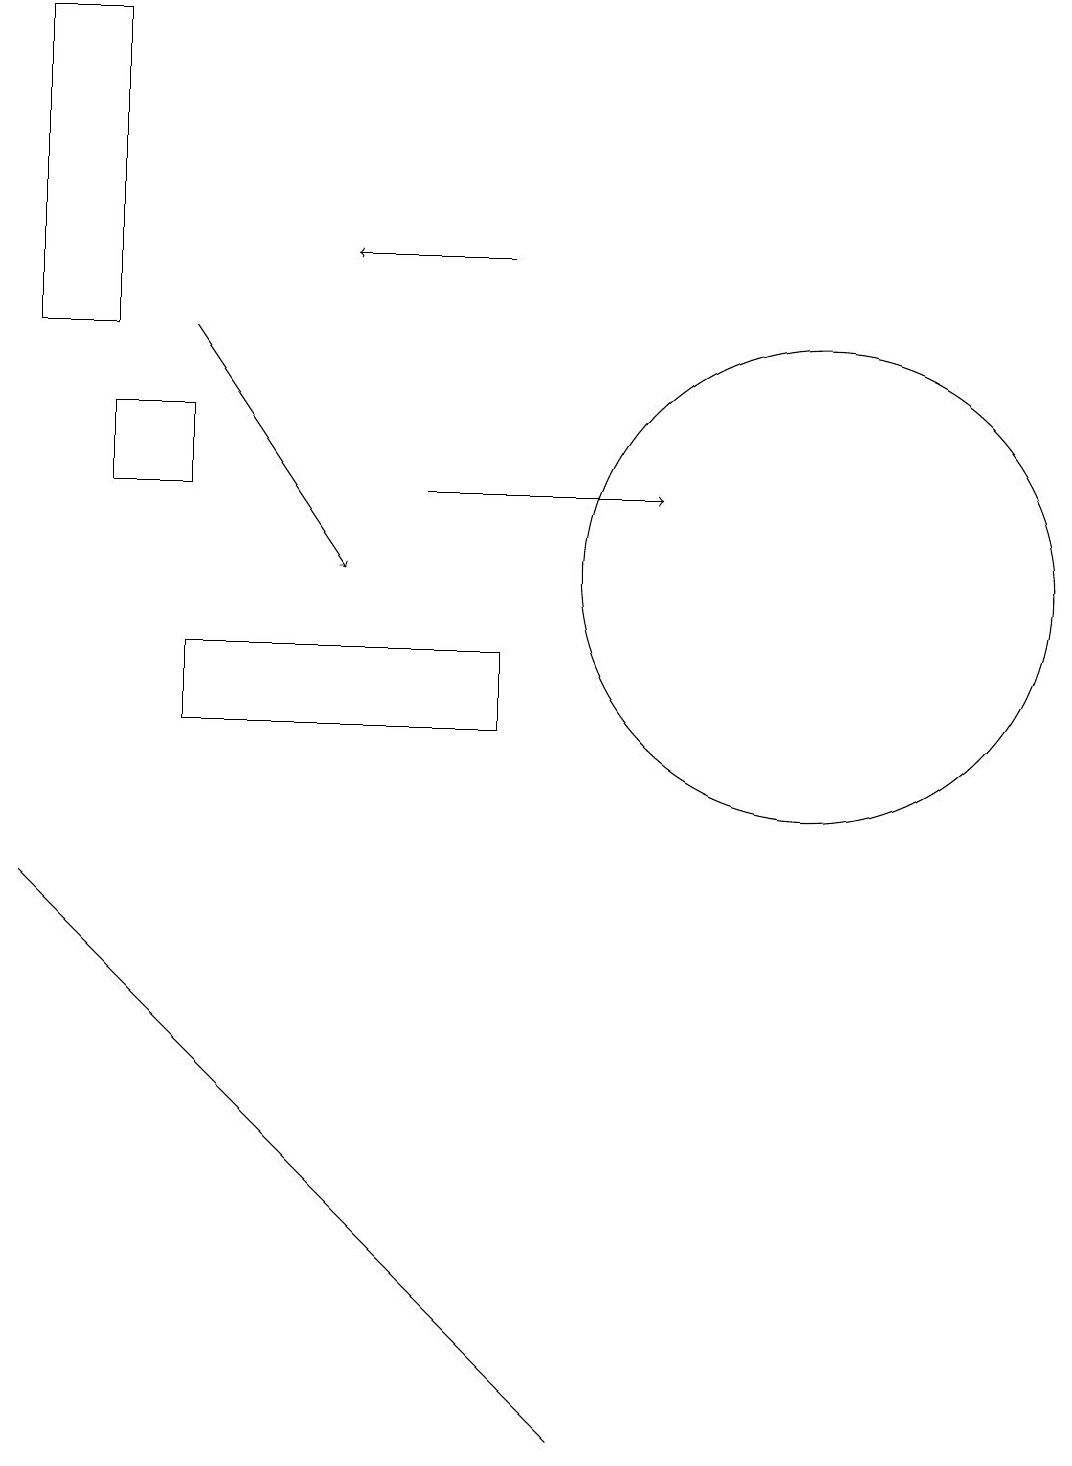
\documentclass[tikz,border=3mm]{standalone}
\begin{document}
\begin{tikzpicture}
\draw (2,14) rectangle (3,13);
\draw[->] (3,15) -- (5,12);
\draw (2,15) rectangle (1,19);
\draw (11,12) circle (3);
\draw[->] (6,13) -- (9,13);
\draw (7,11) rectangle (3,10);
\draw[->] (7,16) -- (5,16);
\draw (4,5) -- (8,1) -- (1,8) -- cycle;
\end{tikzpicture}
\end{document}